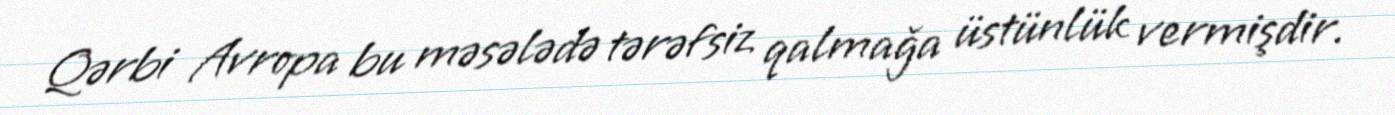
Qərbi Avropa bu məsələdə tərəfsiz qalmağa üstünlük vermişdir.